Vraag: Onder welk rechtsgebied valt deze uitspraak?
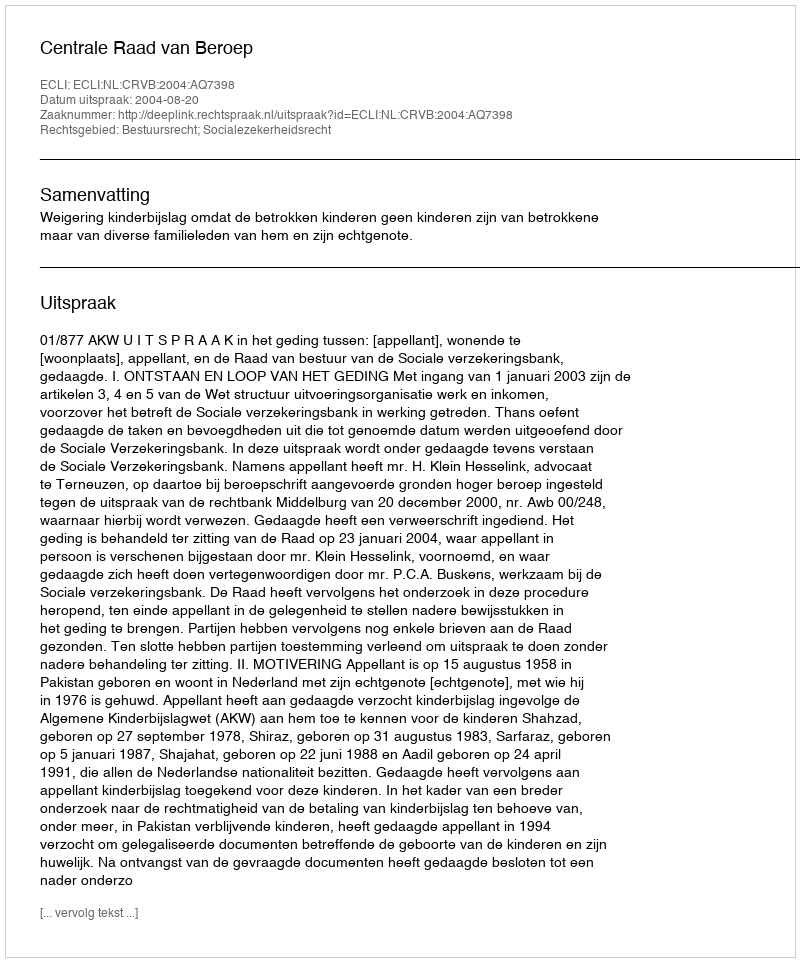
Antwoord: Bestuursrecht; Socialezekerheidsrecht